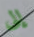
إلى